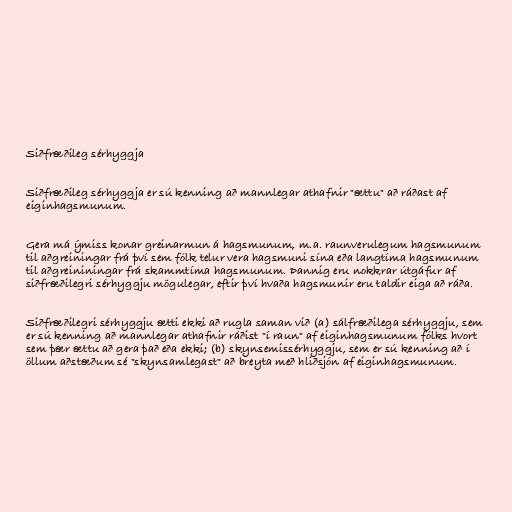
Siðfræðileg sérhyggja

Siðfræðileg sérhyggja er sú kenning að mannlegar athafnir "ættu" að ráðast af
eiginhagsmunum.

Gera má ýmiss konar greinarmun á hagsmunum, m.a. raunverulegum hagsmunum
til aðgreiningar frá því sem fólk telur vera hagsmuni sína eða langtíma hagsmunum
til aðgreininingar frá skammtíma hagsmunum. Þannig eru nokkrar útgáfur af
siðfræðilegri sérhyggju mögulegar, eftir því hvaða hagsmunir eru taldir eiga að ráða.

Siðfræðilegri sérhyggju ætti ekki að rugla saman við (a) sálfræðilega sérhyggju, sem
er sú kenning að mannlegar athafnir ráðist "í raun" af eiginhagsmunum fólks hvort
sem þær ættu að gera það eða ekki; (b) skynsemissérhyggju, sem er sú kenning að í
öllum aðstæðum sé "skynsamlegast" að breyta með hliðsjón af eiginhagsmunum.